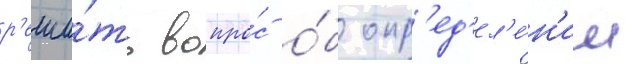
р'еши́ть вопро́с о́б опр'ед'ел'е́н'ии